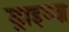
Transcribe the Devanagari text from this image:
ड्राइव्ज़